Indian journal of veterinary science and animal husbandry - Volumes 26-27, 1956-1957
Year: 1956
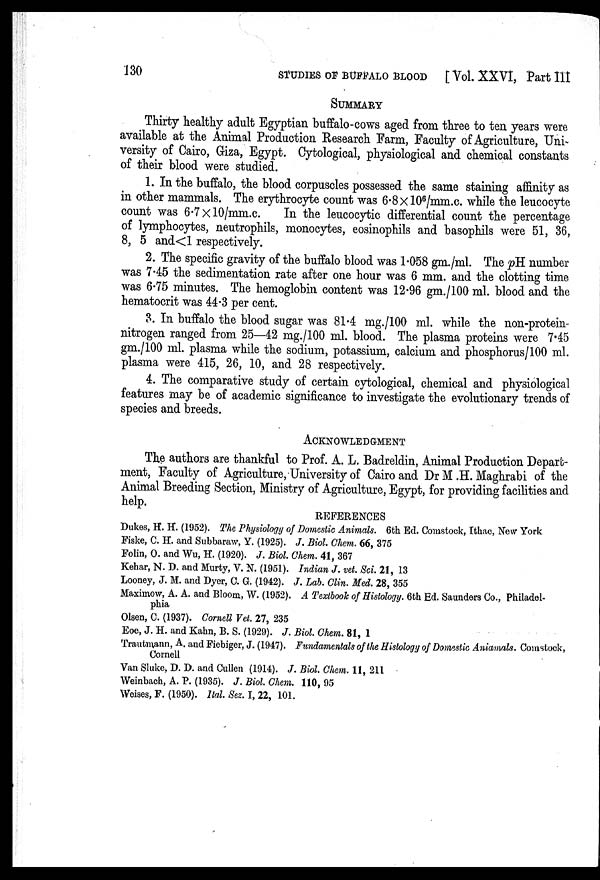
130
STUDIES OF BUFFALO BLOOD
[ Vol. XXVI, Part III
SUMMARY
Thirty healthy adult Egyptian buffalo-cows aged from three to ten years were
available at the Animal Production Research Farm, Faculty of Agriculture, Uni-
versity of Cairo, Giza, Egypt. Cytological, physiological and chemical constants
of their blood were studied.
1. In the buffalo, the blood corpuscles possessed the same staining affinity as
in other mammals. The erythrocyte count was 6.8 × 10 6 /mm.c. while the leucocyte
count was 6.7 × 10/mm.c. In the leucocytic differential count the percentage
of lymphocytes, neutrophils, monocytes, eosinophils and basophils were 51, 36,
8, 5 and<1 respectively.
2. The specific gravity of the buffalo blood was 1.058 gm./ml. The pH number
was 7.45 the sedimentation rate after one hour was 6 mm. and the clotting time
was 6.75 minutes. The hemoglobin content was 12.96 gm./100 ml. blood and the
hematocrit was 44.3 per cent.
3. In buffalo the blood sugar was 81.4 mg./100 ml. while the non-protein-
nitrogen ranged from 25—42 mg./100 ml. blood. The plasma proteins were 7.45
gm./100 ml. plasma while the sodium, potassium, calcium and phosphorus/100 ml.
plasma were 415, 26, 10, and 28 respectively.
4. The comparative study of certain cytological, chemical and physiological
features may be of academic significance to investigate the evolutionary trends of
species and breeds.
ACKNOWLEDGMENT
The authors are thankful to Prof. A. L. Badreldin, Animal Production Depart-
ment, Faculty of Agriculture, University of Cairo and Dr M .H. Maghrabi of the
Animal Breeding Section, Ministry of Agriculture, Egypt, for providing facilities and
help.
REFERENCES
Dukes, H. H. (1952). The Physiology of Domestic Animals. 6th Ed. Comstock, Ithac, New York
Fiske, C. H. and Subbaraw, Y. (1925). J. Biol. Chem. 66, 375
Folin, O. and Wu, H. (1920). J. Biol. Chem. 41, 367
Kehar, N. D. and Murty, V. N. (1951). Indian J. vet. Sci. 21, 13
Looney, J. M. and Dyer, C. G. (1942). J. Lab. Clin. Med. 28, 355
Maximow, A. A. and Bloom, W. (1952). A Textbook of Histology. 6th Ed. Saunders Co., Philadel-
phia
Olsen, C. (1937). Cornell Vet. 27, 235
Eoe, J. H. and Kahn, B. S. (1929). J. Biol. Chem. 81, 1
Trautmann, A. and Fiebiger, J. (1947). Fundamentals of the Histology of Domestic Aniamals. Comstock,
Cornell
Van Sluke, D. D. and Cullen (1914). J. Biol. Chem. 11, 211
Weinbach, A. P. (1935). J. Biol. Chem. 110, 95
Weises, F. (1950). Ital. Sez. I, 22, 101.